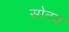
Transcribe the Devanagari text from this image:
स्रोतच